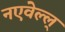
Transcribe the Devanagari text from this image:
नएवेल्ल्